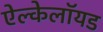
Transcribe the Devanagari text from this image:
ऐल्केलॉयड